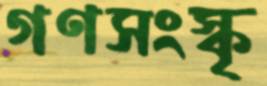
গণসংস্কৃ